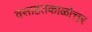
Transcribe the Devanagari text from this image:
वसाहतकाळोत्तर